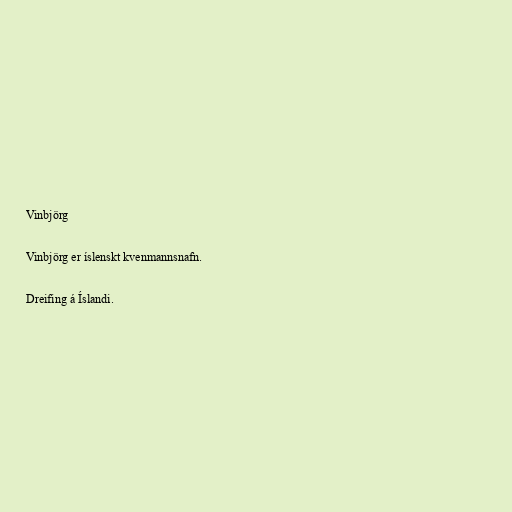
Vinbjörg

Vinbjörg er íslenskt kvenmannsnafn.

Dreifing á Íslandi.